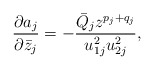
\begin{align*}\frac{\partial a_j}{\partial\bar z_j} = -\frac{\bar Q_jz^{p_j+q_j}}{u_{1j}^2u_{2j}^2},\end{align*}